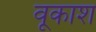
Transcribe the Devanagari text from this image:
वूकाश